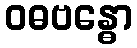
ဝဓဗန္ဓော